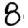
Digit: 8